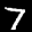
Label: 7